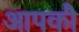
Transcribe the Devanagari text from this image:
आपकौ